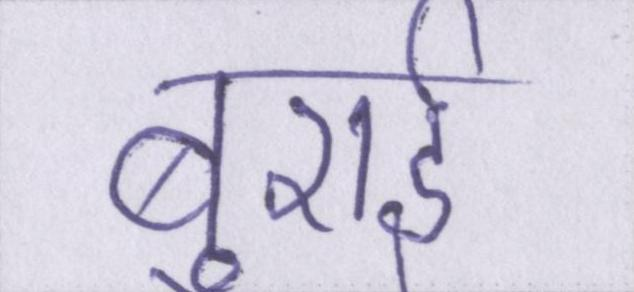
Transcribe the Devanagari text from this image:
बुराई